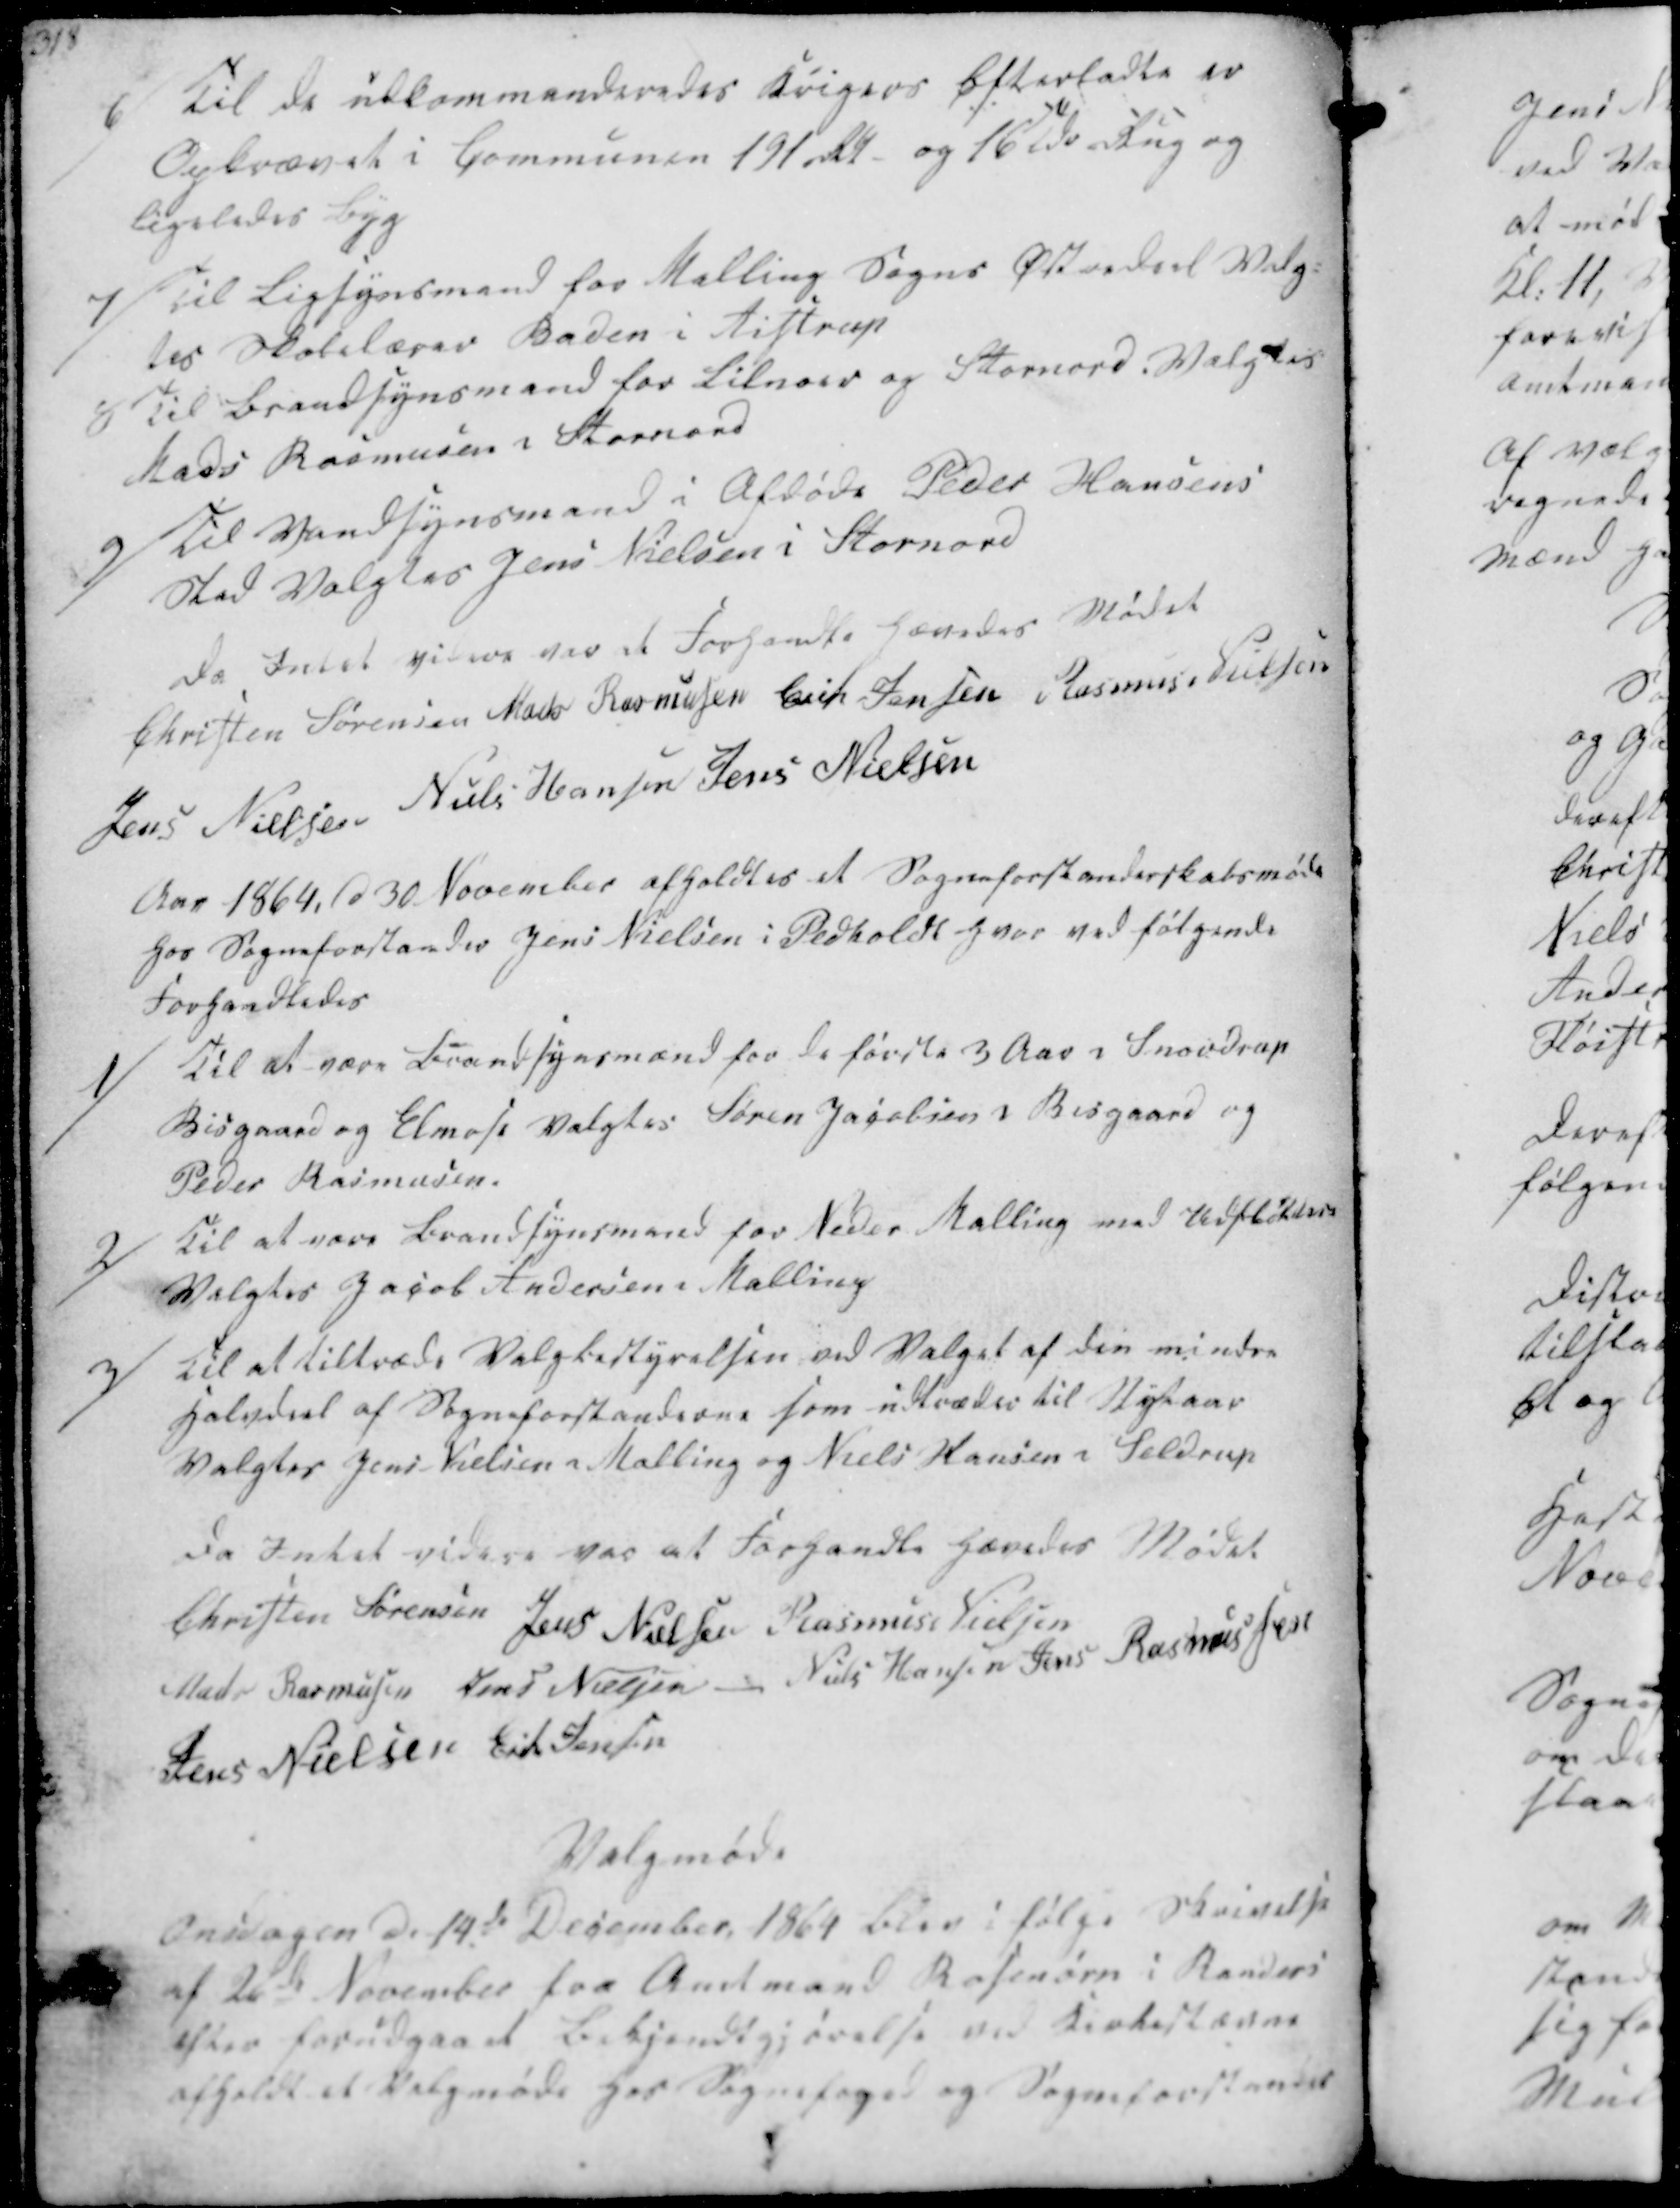
Transskription:
6/ Til de udkommanderedes Krigers Efterladte er
Opkrævet i Communen 191 Rdl- og 16 Tdr Rug og
ligeledes Byg
7/ Til Ligsynsmand for Malling Sogns Østredeel Valg-
tes Skolelærer Baden i Aistrup

8 Til Brandsynsmand for Lilnoer og Stornord. Valgtes
Mads Rasmusen i Stornord
9/ Til Vandsynsmand i Afdøde Peder Hansens
Sted Valgtes Jens Nielsen i Stornord

Da Intet videre var et Forhandle hævedes Mødet
Christen Sørensen
Mads Rasmussen
Erik Jensen
Rasmus Nielsen
Jens Nielsen
Niels Hansen
Jens Nielsen

Aar 1864. d 30 November afholdtes et Sogneforstanderskabsmøde
hos Sogneforstander Jens Nielsen i Pedholdt hvor ved følgende
Forhandledes

1/
Til at være Brandsynsmænd for de første 3 Aar i Snovdrup
Bisgaard og Elmose valgtes Søren Jacobsen i Bisgaard og
Peder Rasmussen.
2/ Til at være Brandsynsmand for Neder Malling med Udsløters
Valgtes Jacob Andersen i Malling
3/ Til at tiltræde Valgbestyrelsen ved Valget af den mindre
Halvdeel af Sogneforstanderne som udtrædes til Nytaar
Valgtes Jens Nielsen i Malling og Niels Hansen i Seldrup

da Intet videre var at forhandle hævedes Mødet
Christen Sørensen
Jens Nielsen
Rasmus Nielsen
Mads Rasmussen
Jens Nielsen
Niels Hansen
Jens Rasmussen
Jens Nielsen
Erik Jensen

Valgmøde

Onsdagen d. 14de December 1864 blev ifølge Skrivelse
af 26de November fra Amtmand Rosenørn i Randers
efter forudgaaet Bekjendtgjørelse ved Kirkestævne
afholdt et Valgmøde hos Sognefoged og Sogneforstander